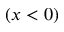
( x < 0 )